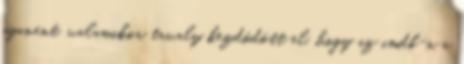
gyanánt. valamikor tavaly kezdődött el, hogy az imdb-n a